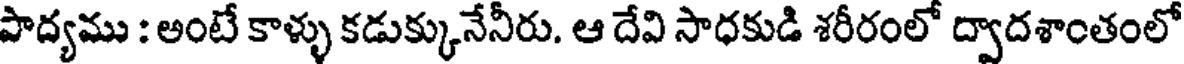
పాద్యము : అంటే కాళ్ళు కడుక్కునేనీరు. ఆ దేవి సాధకుడి శరీరంలో ద్వాదశాంతంలో